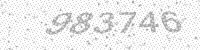
Solution: 983746